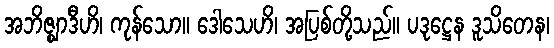
အဘိဇ္ဈာဒီဟိ၊ ကုန်သော။ ဒေါသေဟိ၊ အပြစ်တို့သည်။ ပဒုဋ္ဌေန ဒူသိတေန၊